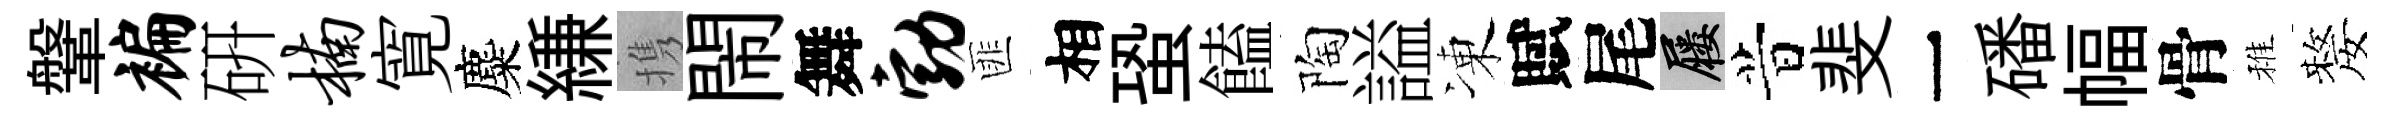
鞶褊硏楠寛麋縑携閙舞勃匪相蛩饁陶謚凍賦尾屨昔斐一磻幅骨稚嫠